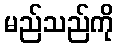
မည်သည်ကို